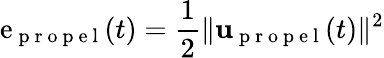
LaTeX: \mathrm{e}_{\mathrm{{~p~r~o~p~\mathrm{e}~l~}}}(t)=\frac{{1}}{{2}}\| \mathbf{{u}}_{\mathrm{{~p~r~o~p~\mathrm{e}~l~}}}(t)\| ^{2}